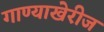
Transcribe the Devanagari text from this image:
गाण्याखेरीज